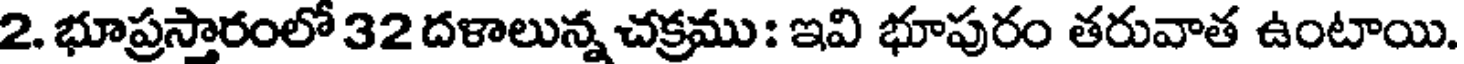
2. భూప్రస్తారంలో 32 దళాలున్న చక్రము : ఇవి భూపురం తరువాత ఉంటాయి.